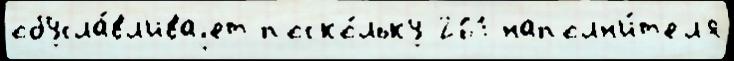
обусла́вл'иваjет поско́льку 261 наполн'и́т'ел'я